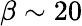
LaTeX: \beta\sim 20